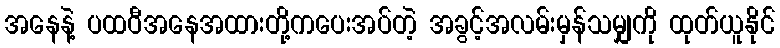
အနေနဲ့ ပထဝီအနေအထားတို့ကပေးအပ်တဲ့ အခွင့်အလမ်းမှန်သမျှကို ထုတ်ယူနိုင်